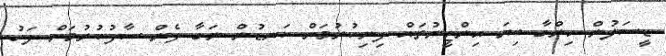
ޑީސަލުން ހިންގާ ބިޔަ އިންޖީނުތައް ފިނިކުރުމަށް ކަނޑުން ނަގާ ފެން ސާފުކުރުމަށް ފަހު